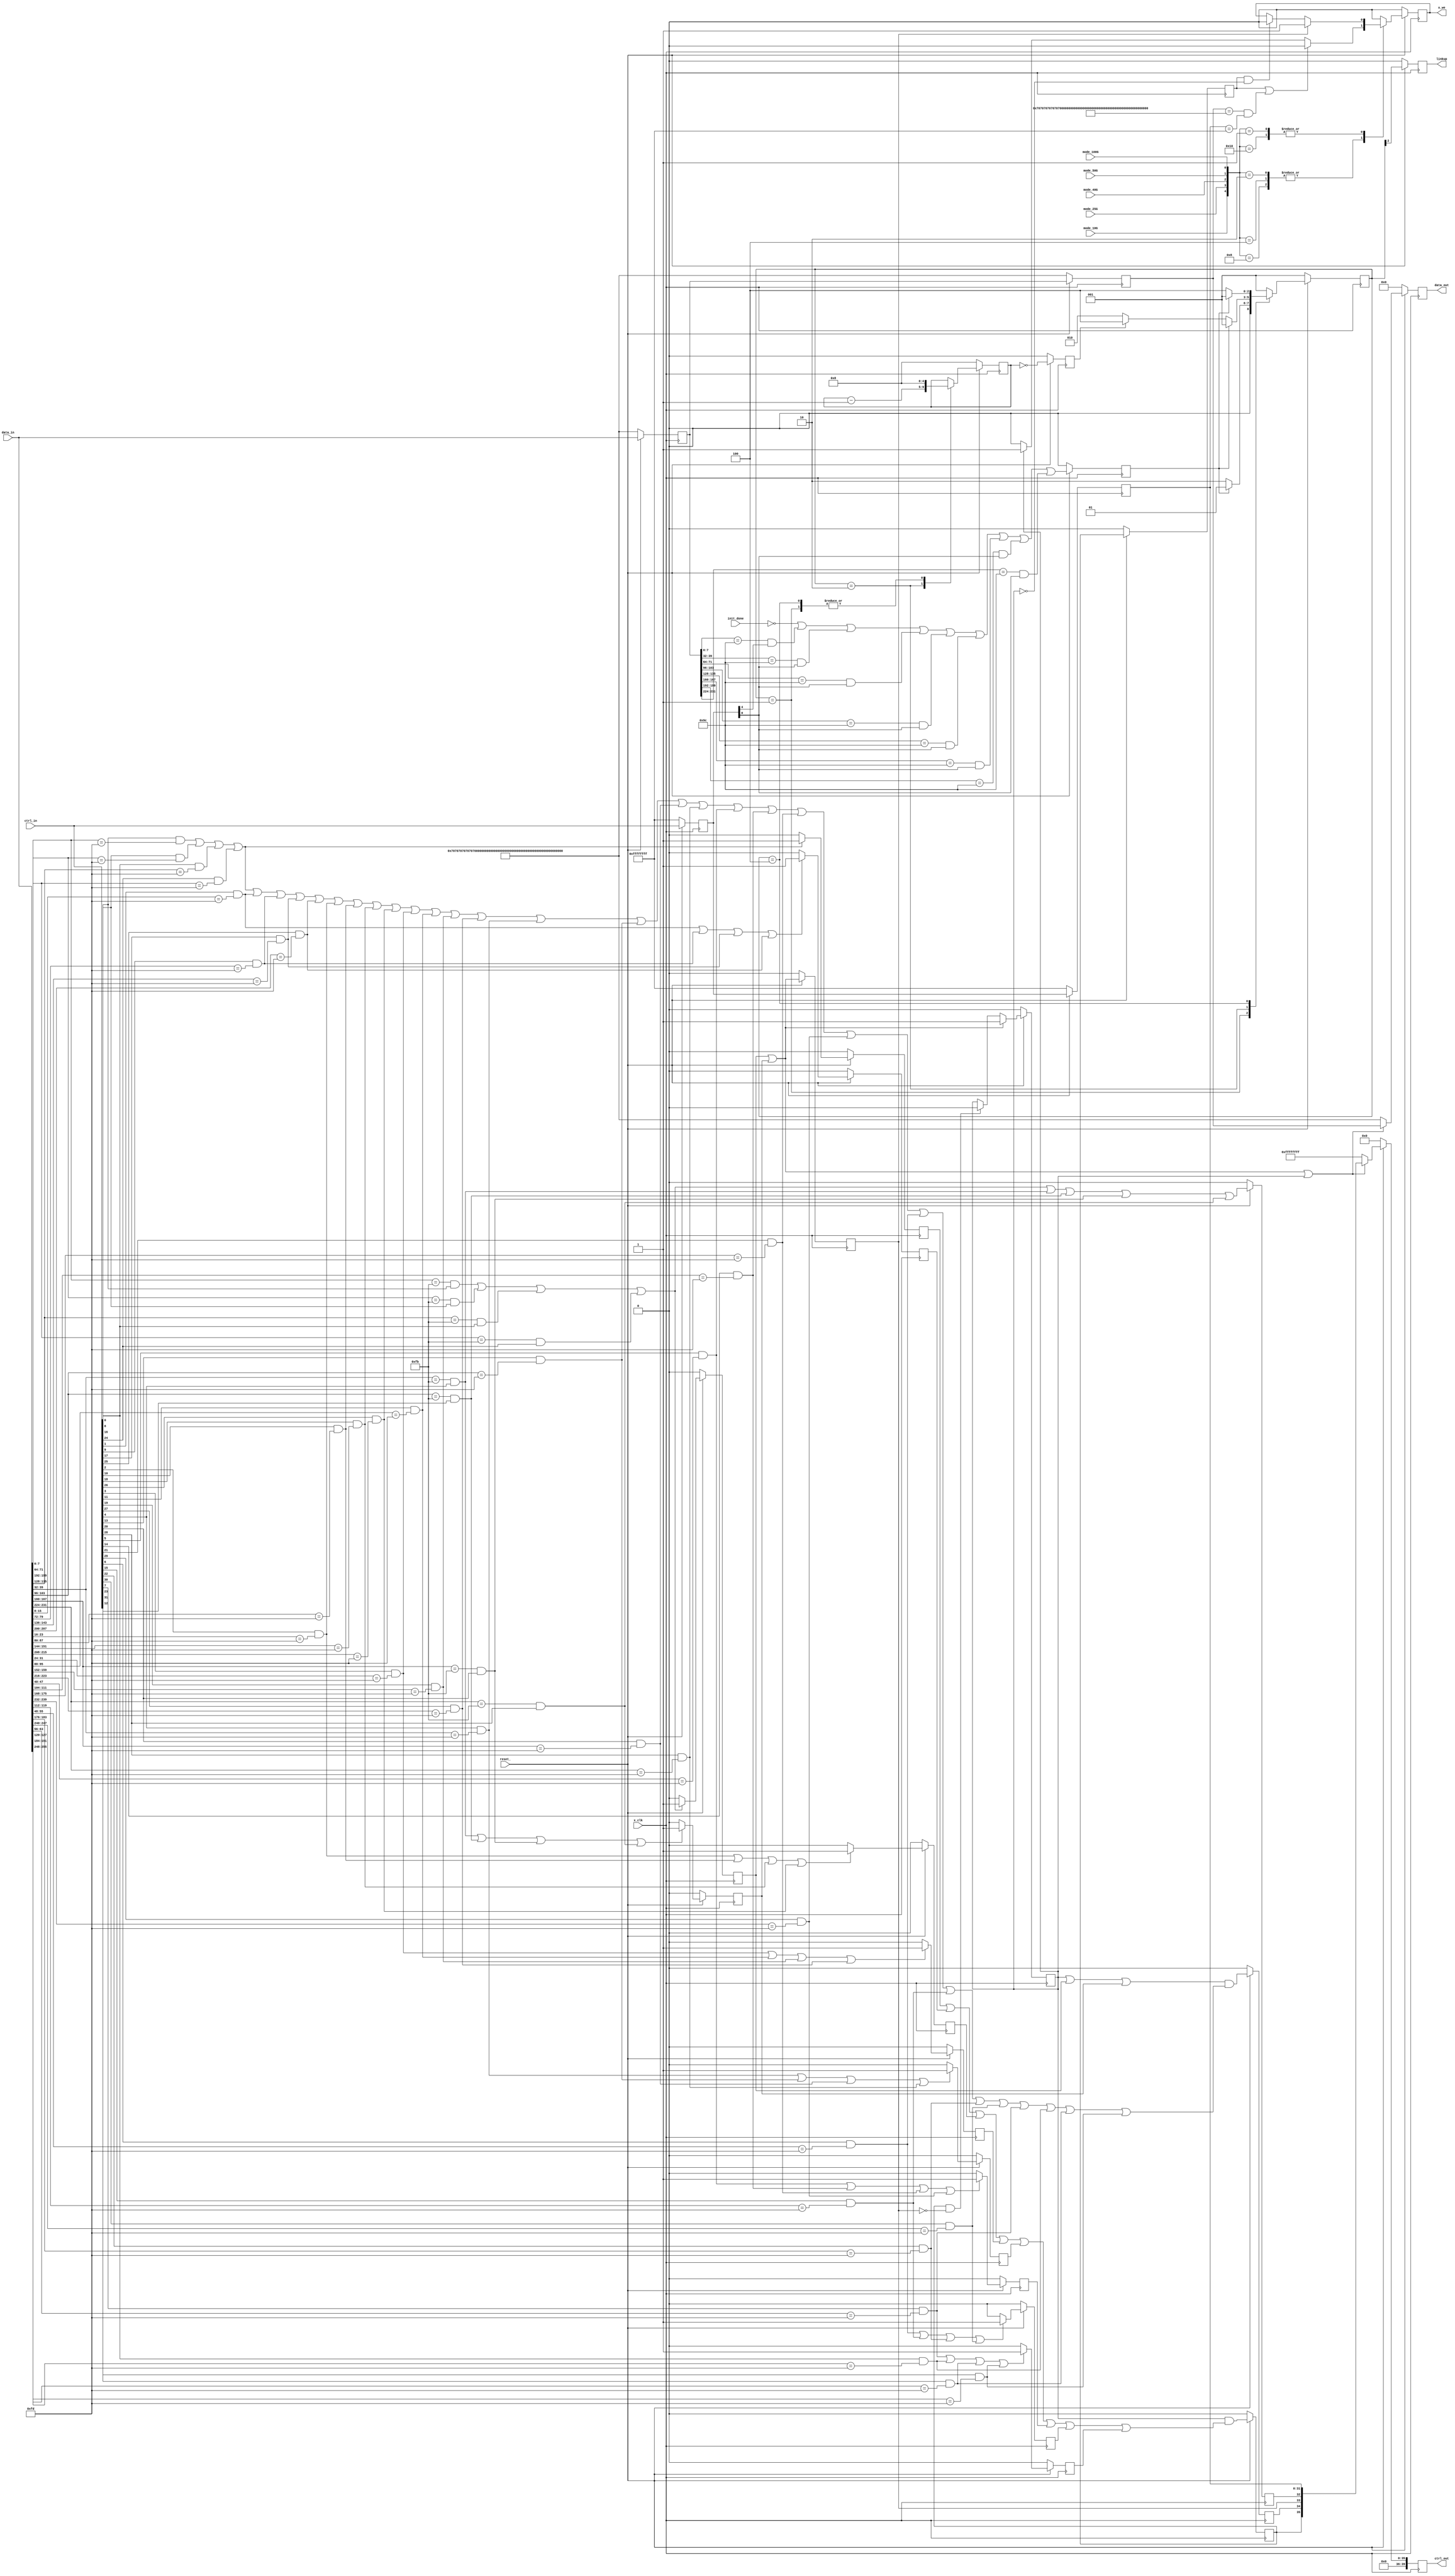
//****************************************************************
// December 6, 2022
//
// Licensed to the Apache Software Foundation (ASF) under one
// or more contributor license agreements.  See the NOTICE file
// distributed with this work for additional information
// regarding copyright ownership.  The ASF licenses this file
// to you under the Apache License, Version 2.0 (the
// "License"); you may not use this file except in compliance
// with the License.  You may obtain a copy of the License at
//
//   http://www.apache.org/licenses/LICENSE-2.0
//
// Unless required by applicable law or agreed to in writing,
// software distributed under the License is distributed on an
// "AS IS" BASIS, WITHOUT WARRANTIES OR CONDITIONS OF ANY
// KIND, either express or implied.  See the License for the
// specific language governing permissions and limitations
// under the License.
//
// Date: N/A
// Project: LMAC 3
// Comments: N/A
//
//********************************
// File history:
//   N/A
//****************************************************************

// synopsys translate_off
`timescale 1ns/1ps
// synopsys translate_on

module rx_100G(

	x_clk,                              // i-1, Depends on the speed of the device
	reset_,                           	// i-1

	mode_10G,                         	// i-1, 10-Gbps speed mode
	mode_25G,                         	// i-1, 25-Gbps speed mode
	mode_40G,                         	// i-1, 40-Gbps speed mode
	mode_50G,                         	// i-1, 50-Gbps speed mode
	mode_100G,                        	// i-1, 100-Gbps speed mode

	init_done,                        	// i-1

	data_in,                          	// i-256, 256-bit Input Data
	ctrl_in,                          	// i-32, 32-bit Input Ctrl

	data_out,                         	// o-256, 256-bit Output Data to the BR FIFO
	ctrl_out,                         	// o-40, 42-bit Output Ctrl to the BR FIFO

	x_we,                             	// o-1, Write Data
	linkup                            	// o-1, Linkup

);

	input x_clk;                        // i-1, Depends on the speed of the device
	input reset_;                       // i-1

	input mode_10G;                     // i-1, 10-Gbps speed mode
	input mode_25G;                     // i-1, 25-Gbps speed mode
	input mode_40G;                     // i-1, 40-Gbps speed mode
	input mode_50G;                     // i-1, 50-Gbps speed mode
	input mode_100G;                    // i-1, 100-Gbps speed mode

	input init_done;                    // i-1

	input [255:0] data_in;              // i-256, 256-bit Input Data
	input [31:0]  ctrl_in;              // i-32, 32-bit Input Ctrl

	output reg [255:0] data_out;        // o-256, 256-bit Output Data to the BR FIFO
	output reg [39:0] ctrl_out;         // o-40, 40-bit Output Ctrl to the BR FIFO

	output reg x_we;                    // o-1, Write Data
	output reg linkup;                  // o-1, Linkup

	reg sof;                            // Start of Frame
	reg eof;                            // End of Frame
	reg frame;                          // Frame Signal shows the Valid Input Data
	reg sof0;                           // Sof at byte 0, 8, 16, 24
	reg sof4;                           // Sof at byte 4, 12, 20, 28
	reg eof0;                           // Eof at byte 0, 8, 16, 24
	reg eof1;                           // Eof at byte 1, 9, 17, 25
	reg eof2;                           // Eof at byte 2, 10, 18, 26
	reg eof3;                           // Eof at byte 3, 11, 19, 27
	reg eof4;                           // Eof at byte 4, 12, 20, 28
	reg eof5;                           // Eof at byte 5, 13, 21, 29
	reg eof6;                           // Eof at byte 6, 14, 22, 30
	reg eof7;                           // Eof at byte 7, 15, 23, 31
	reg eof_dly1;

	reg [255:0] data_in_dly1, data_in_dly2;		//Delayed Data by 1 and 2 clock cycles respectively
	reg [31:0] ctrl_in_dly1, ctrl_in_dly2;      //Delayed Ctrl by 1 and 2 clock cycles respectively

	reg pre_eof, pre_sof;                       //Shows that there is eof or sof in the next cycle respectively

	parameter [255:0] data_def = 256'h0707070707070707070707070707070707070707070707070707070707070707;
	parameter [31:0] ctrl_def = 32'hffffffff;

	always @ (posedge x_clk) begin
		if(!reset_) begin
			data_out <= 256'd0;
			ctrl_out <= 32'd0;
			x_we <= 1'b0;
			sof0 <= 1'b0;
            sof4 <= 1'b0;
            eof0 <= 1'b0;
            eof1 <= 1'b0;
            eof2 <= 1'b0;
            eof3 <= 1'b0;
            eof4 <= 1'b0;
            eof5 <= 1'b0;
            eof6 <= 1'b0;
            eof7 <= 1'b0;
            frame <= 1'b0;
            data_in_dly1 <= data_def;
            data_in_dly2 <= data_def;
            ctrl_in_dly1 <= ctrl_def;
            ctrl_in_dly2 <= ctrl_def;
            pre_eof <= 1'b0;
            pre_sof <= 1'b0;
            sof <= 1'b0;
            eof <= 1'b0;
            eof_dly1 <= 1'b0;
        end
        else begin

        	data_in_dly1 <= data_in;

            data_in_dly2 <= data_in_dly1;

            ctrl_in_dly1 <= ctrl_in;

            ctrl_in_dly2 <= ctrl_in_dly1;

            sof0 <= ( ((data_in[7:0]     == 8'hfb) && ctrl_in[0])  | ((data_in[71:64]   == 8'hfb) && ctrl_in[8]) |
        			  ((data_in[135:128] == 8'hfb) && ctrl_in[16]) | ((data_in[199:192] == 8'hfb) && ctrl_in[24]) ) ? 1'b1 :
        			  1'b0;

        	sof4 <= ( ((data_in[39:32]   == 8'hfb) && ctrl_in[4])  | ((data_in[103:96]  == 8'hfb) && ctrl_in[12]) |
        			  ((data_in[167:160] == 8'hfb) && ctrl_in[20]) | ((data_in[231:224] == 8'hfb) && ctrl_in[28]) ) ? 1'b1 :
        			  1'b0;

        	eof0 <= ( (ctrl_in[0]  & (data_in[7:0]     == 8'hfd)) | (ctrl_in[8]  & (data_in[71:64]   == 8'hfd)) |
        			  (ctrl_in[16] & (data_in[135:128] == 8'hfd)) | (ctrl_in[24] & (data_in[199:192] == 8'hfd)) ) ? 1'b1 :
        			  1'b0;

        	eof1 <= ( (ctrl_in[1]  & (data_in[15:8]    == 8'hfd)) | (ctrl_in[9]  & (data_in[79:72]   == 8'hfd)) |
        			  (ctrl_in[17] & (data_in[143:136] == 8'hfd)) | (ctrl_in[25] & (data_in[207:200] == 8'hfd)) ) ? 1'b1 :
        			  1'b0;

        	eof2 <= ( (ctrl_in[2]  & (data_in[23:16]   == 8'hfd)) | (ctrl_in[10] & (data_in[87:80]   == 8'hfd)) |
        			  (ctrl_in[18] & (data_in[151:144] == 8'hfd)) | (ctrl_in[26] & (data_in[215:208] == 8'hfd)) ) ? 1'b1 :
        			  1'b0;

        	eof3 <= ( (ctrl_in[3]  & (data_in[31:24]   == 8'hfd)) | (ctrl_in[11] & (data_in[95:88]   == 8'hfd)) |
        			  (ctrl_in[19] & (data_in[159:152] == 8'hfd)) | (ctrl_in[27] & (data_in[223:216] == 8'hfd)) ) ? 1'b1 :
        			  1'b0;

        	eof4 <= ( (ctrl_in[4]  & (data_in[39:32]   == 8'hfd)) | (ctrl_in[13] & (data_in[103:96]  == 8'hfd)) |
        			  (ctrl_in[20] & (data_in[167:160] == 8'hfd)) | (ctrl_in[28] & (data_in[231:224] == 8'hfd)) ) ? 1'b1 :
        			  1'b0;

        	eof5 <= ( (ctrl_in[5]  & (data_in[47:40]   == 8'hfd)) | (ctrl_in[14] & (data_in[111:104] == 8'hfd)) |
        			  (ctrl_in[21] & (data_in[175:168] == 8'hfd)) | (ctrl_in[29] & (data_in[239:232] == 8'hfd)) ) ? 1'b1 :
        			  1'b0;

        	eof6 <= ( (ctrl_in[6]  & (data_in[55:48]   == 8'hfd)) | (ctrl_in[15] & (data_in[119:112] == 8'hfd)) |
        			  (ctrl_in[22] & (data_in[183:176] == 8'hfd)) | (ctrl_in[30] & (data_in[247:240] == 8'hfd)) ) ? 1'b1 :
        			  1'b0;

        	eof7 <= ( (ctrl_in[7]  & (data_in[63:56]   == 8'hfd)) | (ctrl_in[16] & (data_in[127:120] == 8'hfd)) |
        			  (ctrl_in[23] & (data_in[191:184] == 8'hfd)) | (ctrl_in[31] & (data_in[255:248] == 8'hfd)) ) ? 1'b1 :
        			  1'b0;

        	frame <= (sof0|sof4) ? 1'b1 :
        			((eof & ! sof) ? 1'b0 :
        			frame);

			data_out <= (sof0|sof4|frame) ? data_in_dly2 :
        				data_def
        				;
        	ctrl_out <= (sof0|sof4|frame) ? {4'd0,eof, pre_eof, sof, pre_sof, ctrl_in_dly2} :                    //Add the sof_eof_markers eof, pre_eof, sof and pre_sof before the ctrl data
        				ctrl_def
        				;

        	eof_dly1 <= eof;


        		pre_sof <= ( ((data_in[7:0]  == 8'hfb) && ctrl_in[0])  | ((data_in[71:64]   == 8'hfb) && ctrl_in[8]) |            //Calculate the pre_sof
        			  ((data_in[135:128] == 8'hfb) && ctrl_in[16]) | ((data_in[199:192] == 8'hfb) && ctrl_in[24]) |
        			  ((data_in[39:32]   == 8'hfb) && ctrl_in[4])  | ((data_in[103:96]  == 8'hfb) && ctrl_in[12]) |
        			  ((data_in[167:160] == 8'hfb) && ctrl_in[20]) | ((data_in[231:224] == 8'hfb) && ctrl_in[28]) );
        		pre_eof <= ((frame|sof0|sof4) & ((ctrl_in[0] & (data_in[7:0] == 8'hfd))|(ctrl_in[8]&(data_in[71:64] == 8'hfd)) |    //Calculate the pre_eof
        			  	 (ctrl_in[16] & (data_in[135:128] == 8'hfd)) | (ctrl_in[24] & (data_in[199:192] == 8'hfd)) |
        			  	 (ctrl_in[1]  & (data_in[15:8]    == 8'hfd)) | (ctrl_in[9]  & (data_in[79:72]   == 8'hfd)) |
        			  	 (ctrl_in[17] & (data_in[143:136] == 8'hfd)) | (ctrl_in[25] & (data_in[207:200] == 8'hfd)) |
        			  	 (ctrl_in[2]  & (data_in[23:16]   == 8'hfd)) | (ctrl_in[10] & (data_in[87:80]   == 8'hfd)) |
        			  	 (ctrl_in[18] & (data_in[151:144] == 8'hfd)) | (ctrl_in[26] & (data_in[215:208] == 8'hfd)) |
        			  	 (ctrl_in[3]  & (data_in[31:24]   == 8'hfd)) | (ctrl_in[11] & (data_in[95:88]   == 8'hfd)) |
        			  	 (ctrl_in[19] & (data_in[159:152] == 8'hfd)) | (ctrl_in[27] & (data_in[223:216] == 8'hfd)) |
        			  	 (ctrl_in[4]  & (data_in[39:32]   == 8'hfd)) | (ctrl_in[13] & (data_in[103:96]  == 8'hfd)) |
        			  	 (ctrl_in[20] & (data_in[167:160] == 8'hfd)) | (ctrl_in[28] & (data_in[231:224] == 8'hfd)) |
        			  	 (ctrl_in[5]  & (data_in[47:40]   == 8'hfd)) | (ctrl_in[14] & (data_in[111:104] == 8'hfd)) |
        			  	 (ctrl_in[21] & (data_in[175:168] == 8'hfd)) | (ctrl_in[29] & (data_in[239:232] == 8'hfd)) |
        			  	 (ctrl_in[6]  & (data_in[55:48]   == 8'hfd)) | (ctrl_in[15] & (data_in[119:112] == 8'hfd)) |
        			   	 (ctrl_in[22] & (data_in[183:176] == 8'hfd)) | (ctrl_in[30] & (data_in[247:240] == 8'hfd)) |
        			  	 (ctrl_in[7]  & (data_in[63:56]   == 8'hfd)) | (ctrl_in[16] & (data_in[127:120] == 8'hfd)) |
        			  	 (ctrl_in[23] & (data_in[191:184] == 8'hfd)) | (ctrl_in[31] & (data_in[255:248] == 8'hfd)) ) );
        		sof <= (sof0 | sof4);
        		eof <= (frame & ( eof0  | eof1 | eof2 | eof3 | eof4 | eof5 | eof6 | eof7 )) ;


        	case({mode_10G, mode_25G, mode_40G, mode_50G, mode_100G})                                   //The write signal for the data changes for the every speed mode

        		5'b10000: begin
        			x_we <= (sof) ? 1'b1 :
						(eof_dly1 & !frame) ? 1'b0 :
						x_we ;
        		end

        		5'b01000: begin
        			x_we <= (eof_dly1 | ((data_in_dly2 == data_def) & (ctrl_in_dly2 == ctrl_def))) ? 1'b0 :
        				(frame) ? 1'b1 :
        				1'b0
        				;
        		end

        		5'b00100: begin
        			x_we <= (eof_dly1 | ((data_in_dly2 == data_def) & (ctrl_in_dly2 == ctrl_def))) ? 1'b0 :
        				(frame) ? 1'b1 :
        				1'b0
        				;
        		end

        		5'b00010: begin
        			x_we <= (eof_dly1 | ((data_in_dly2 == data_def) & (ctrl_in_dly2 == ctrl_def))) ? 1'b0 :
        				(frame) ? 1'b1 :
        				1'b0
        				;
        		end

        		5'b00001: begin
        			x_we <= (sof) ? 1'b1 :
						(eof_dly1 & !frame) ? 1'b0 :
						x_we ;
        		end

        		default: begin
        			x_we <= 1'b0;
        		end

        	endcase

        end
	end


//==========================================
//Linkup Logic
//==========================================

	parameter [2:0]
	LINK_FAIL = 3'h1,
	LINK_RCVR = 3'h2,
	LINK_GOOD = 3'h4;
reg [2:0] state;
reg [4:0] link_cnt;

reg				link_bad;
reg				link_ok;
wire			link_fault;
assign			link_fault = !init_done || (data_in_dly1[7:0] == 8'h9C && ctrl_in_dly1[4] == 1'b1) ||
										   (data_in_dly1[39:32]   == 8'h9C && ctrl_in_dly1[0] == 1'b1) ||
										   (data_in_dly1[71:64]   == 8'h9C && ctrl_in_dly1[0] == 1'b1) ||
										   (data_in_dly1[103:96]   == 8'h9C && ctrl_in_dly1[0] == 1'b1) ||
										   (data_in_dly1[135:128]   == 8'h9C && ctrl_in_dly1[0] == 1'b1) ||
										   (data_in_dly1[167:160]   == 8'h9C && ctrl_in_dly1[0] == 1'b1) ||
										   (data_in_dly1[199:192]   == 8'h9C && ctrl_in_dly1[0] == 1'b1) ||
										   (data_in_dly1[231:224]   == 8'h9C && ctrl_in_dly1[0] == 1'b1) ;

always @ (posedge x_clk) begin
	if (!reset_) begin
		link_ok <= 1'b0;
		link_bad <= 1'b0;
		linkup <= 1'b0;
	end
	else begin
		linkup		<=	state[2];
		link_bad	<=	link_fault;
		link_ok		<=	(link_cnt == 5'd0);
	end
end

always @ (posedge x_clk)
begin
	if (!reset_)
	begin
		state <= LINK_FAIL;
		link_cnt <= 5'd08;
	end

	else
	begin
		case (state)
		LINK_FAIL:
			begin
				state <= link_bad? LINK_FAIL : LINK_RCVR;
				link_cnt <= 5'd08;
			end

		LINK_RCVR:
			begin
				state <= link_bad? LINK_FAIL : (link_ok? LINK_GOOD : LINK_RCVR);
				link_cnt <= link_cnt - 5'd1;
			end

		LINK_GOOD:
			begin
				state <= link_bad? LINK_FAIL : LINK_GOOD;
				link_cnt <= 5'd08;
			end

		default:
			state <= LINK_FAIL;
		endcase
	end
end

endmodule